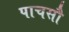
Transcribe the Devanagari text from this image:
पाचसौ